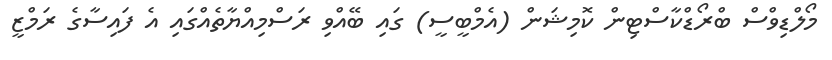
މޯލްޑިވްސް ބްރޯޑްކާސްޓިން ކޮމިޝަން (އެމްބީސީ) ގައި ބޭއްވި ރަސްމިއްޔާތެއްގައި އެ ފައިސާގެ ރަމްޒީ